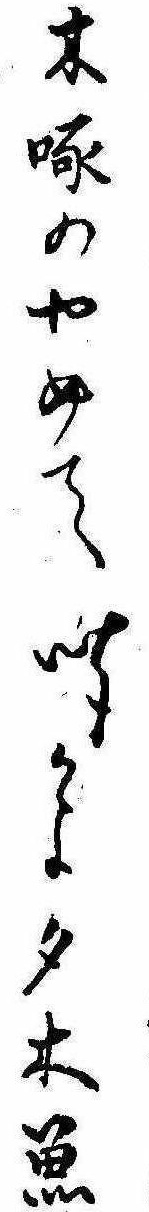
木啄のやめて聞かよ夕木魚